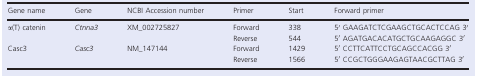
| Gene name | Gene | NCBI Accession number | Primer | Start | Forward primer |
 | --- | --- | --- | --- | --- | --- |
 | <ROWSPAN=2> α(T) catenin | <ROWSPAN=2> Ctnna3 | <ROWSPAN=2> XM_002725827 | Forward | 338 | 5′ GAAGATCTCGAAGCTGCACTCCAG 3′ |
 | Reverse | 544 | 5′ AGATGACACATGCTGCAAGAGGC 3′ |
 | <ROWSPAN=2> Casc3 | <ROWSPAN=2> Casc3 | <ROWSPAN=2> NM_147144 | Forward | 1429 | 5′ CCTTCATTCCTGCAGCCACGG 3′ |
 | Reverse | 1566 | 5′ CCGCTGGGAAGAGTAACGCTTAG 3′ |